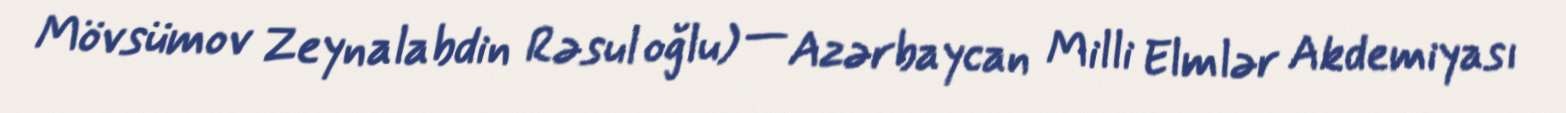
Mövsümov Zeynalabdin Rəsul oğlu) — Azərbaycan Milli Elmlər Akdemiyası